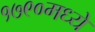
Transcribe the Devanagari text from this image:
१७९०मध्ये